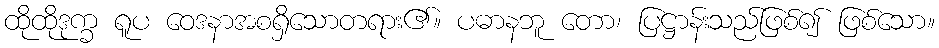
ထိုထိုဒုက္ခ ရူပ ဝေဒနာအစရှိသောတရား၏။ ပဓာနဘူ တော၊ ပြဋ္ဌာန်းသည်ဖြစ်၍ ဖြစ်သော။